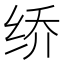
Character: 𰬐